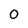
Character: 0